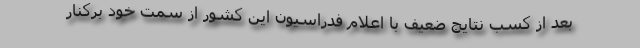
بعد از کسب نتایج ضعیف با اعلام فدراسیون این کشور از سمت خود برکنار